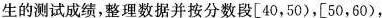
生的测试成绩，整理数据并按分数段[40，50)，[50，60)，